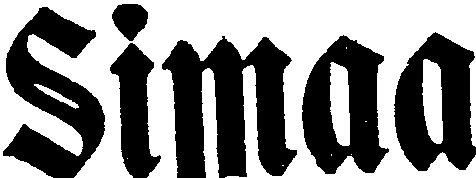
Simaa